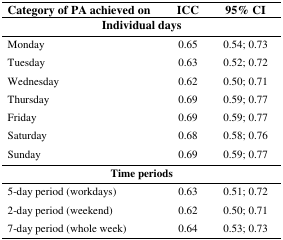
| Category of PA achieved on | ICC | 95% CI |
 | --- | --- | --- |
 | <COLSPAN=3> Individual days |
 | Monday | 0.65 | 0.54; 0.73 |
 | Tuesday | 0.63 | 0.52; 0.72 |
 | Wednesday | 0.62 | 0.50; 0.71 |
 | Thursday | 0.69 | 0.59; 0.77 |
 | Friday | 0.69 | 0.59; 0.77 |
 | Saturday | 0.68 | 0.58; 0.76 |
 | Sunday | 0.69 | 0.59; 0.77 |
 | <COLSPAN=3> Time periods |
 | 5-day period (workdays) | 0.63 | 0.51; 0.72 |
 | 2-day period (weekend) | 0.62 | 0.50; 0.71 |
 | 7-day period (whole week) | 0.64 | 0.53; 0.73 |